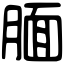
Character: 腼